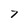
Character: 7